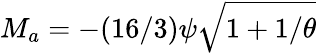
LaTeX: M_{a}=-(16/3){\psi}\sqrt{1+1/\theta}